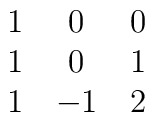
\matrix{ 1 & 0 & 0 \cr                 1 & 0 & 1  \cr                 1 &-1 & 2  \cr}